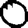
Digit: 0